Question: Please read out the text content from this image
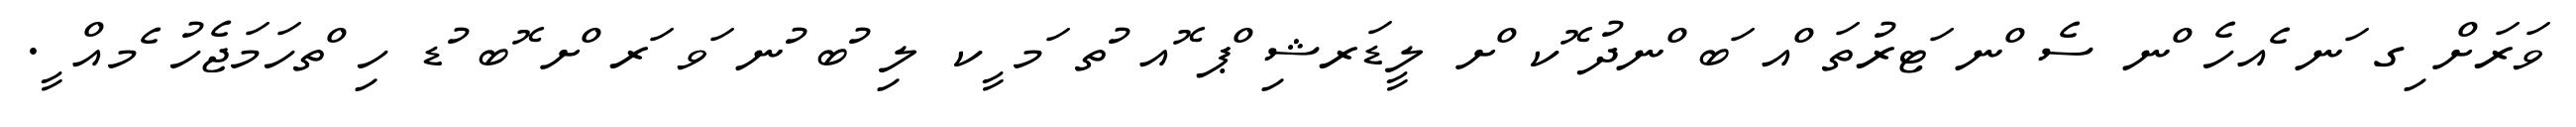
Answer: ވަރަށް ިގ ަނ ެއހެ ްނ ސެ ްނ ަޓރުތަ ްއ ަބ ްނދު ޮކ ްށ ލީޑަރޝި ްޕ ޮއ ުތ ަމ ީކ ލި ުބ ުނ ަވ ަރ ްށ ޮބ ުޑ ހި ްތހަމަޖެހު ެމއް ީ.